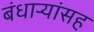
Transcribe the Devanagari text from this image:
बंधार्‍यांसह